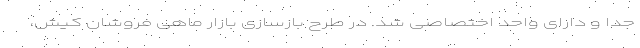
جدا و دارای واحد اختصاصی شد. در طرح بازسازی بازار ماهی فروشان کیش،